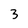
Character: 3